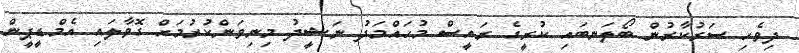
ދިވެހި ސަރުކާރުން ބޯލަނބައި ކުރީގެ ރައީސް މުހައްމަދު ނަޝީދު މިނިވަންކުރުމަށް ގޮވާލައި އެމްޑީޕީން